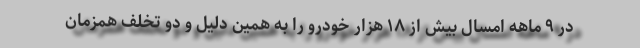
در ۹ ماهه امسال بیش از ۱۸ هزار خودرو را به همین دلیل و دو تخلف همزمان